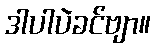
ဒါပါပဲခင်ဗျာ။